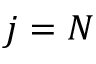
j = N